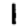
Digit: 1